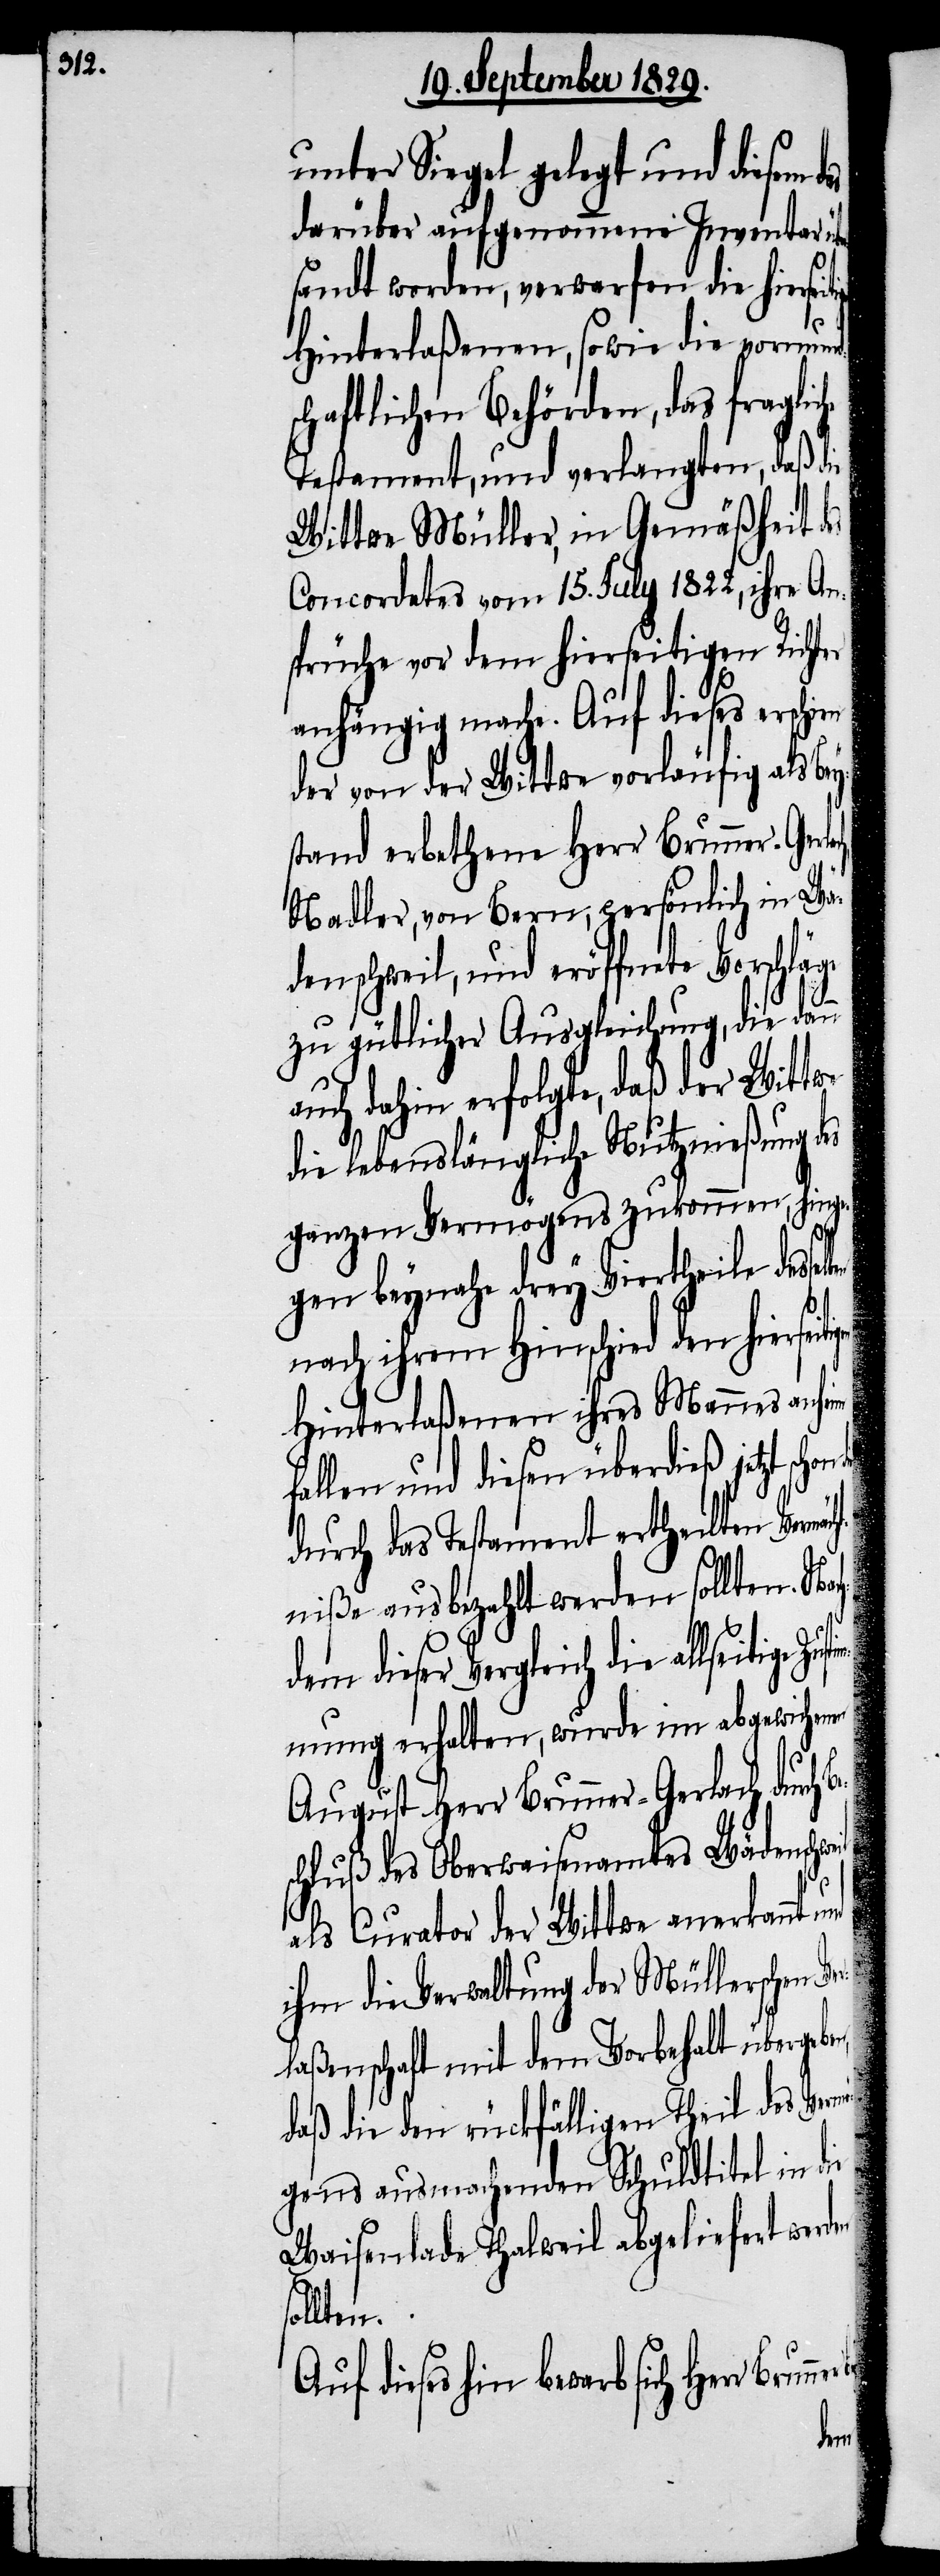
Zust¬

unter Siegel gelegt und diesem d¬
darüber aufgenommene Inventar ü¬
rsandt worden, verwarfen die hierseit¬
Hinterlaßenen, sowie die vormund¬
schaftlichen Behörden, das fraglic¬
Testament, und verlangten, daß die
Wittwe Müller, in Gemäßheit des
Concordates vom 15. July 1822, ihre An¬
sprüche vor dem hierseitigen Richter
anhängig mache. Auf dieses erschi¬
der von der Wittwe vorläufig als Bey¬
stand erbethene Herr Brunner-Gerla¬
Nadler, von Bern, persönlich in Wä¬
denschweil, und eröffnete Vorschlä¬
zu gütlicher Ausgleichung, die dann
auch dahin erfolgte, daß der Wittwe
die lebenslängliche Nutznießung des
ganzen Vermögens zukommen, hinge¬
gen beynahe drey Viertheile des¬
nach ihrem Hinschied den hiersei¬
Hinterlaßenen ihres Mannes anheim
fallen und diesen überdieß jetzt schon
durch das Testament ertheilten Vermäch¬
tniße ausbezahlt werden sollten. Nac¬
dieser Vergleich die allseitige
immung erhalten, wurde im abgewichenen
er¬
August Herr Brunner-Gerlach du¬
schluß des Oberwaisenamtes Wädenschw¬
als Curator der Wittwe anerkannt und
ihm die Verwaltung der Müllerschen V¬
laßenschaft mit dem Vorbehalt überge¬
daß die den rückfälligen Theil des Verm¬
ögens ausmachende Schuldtitel in die
as
Waisenlade Thalweil abgeliefert werden
sollten.
Auf dieses hin bewarb sich Herr
ben,